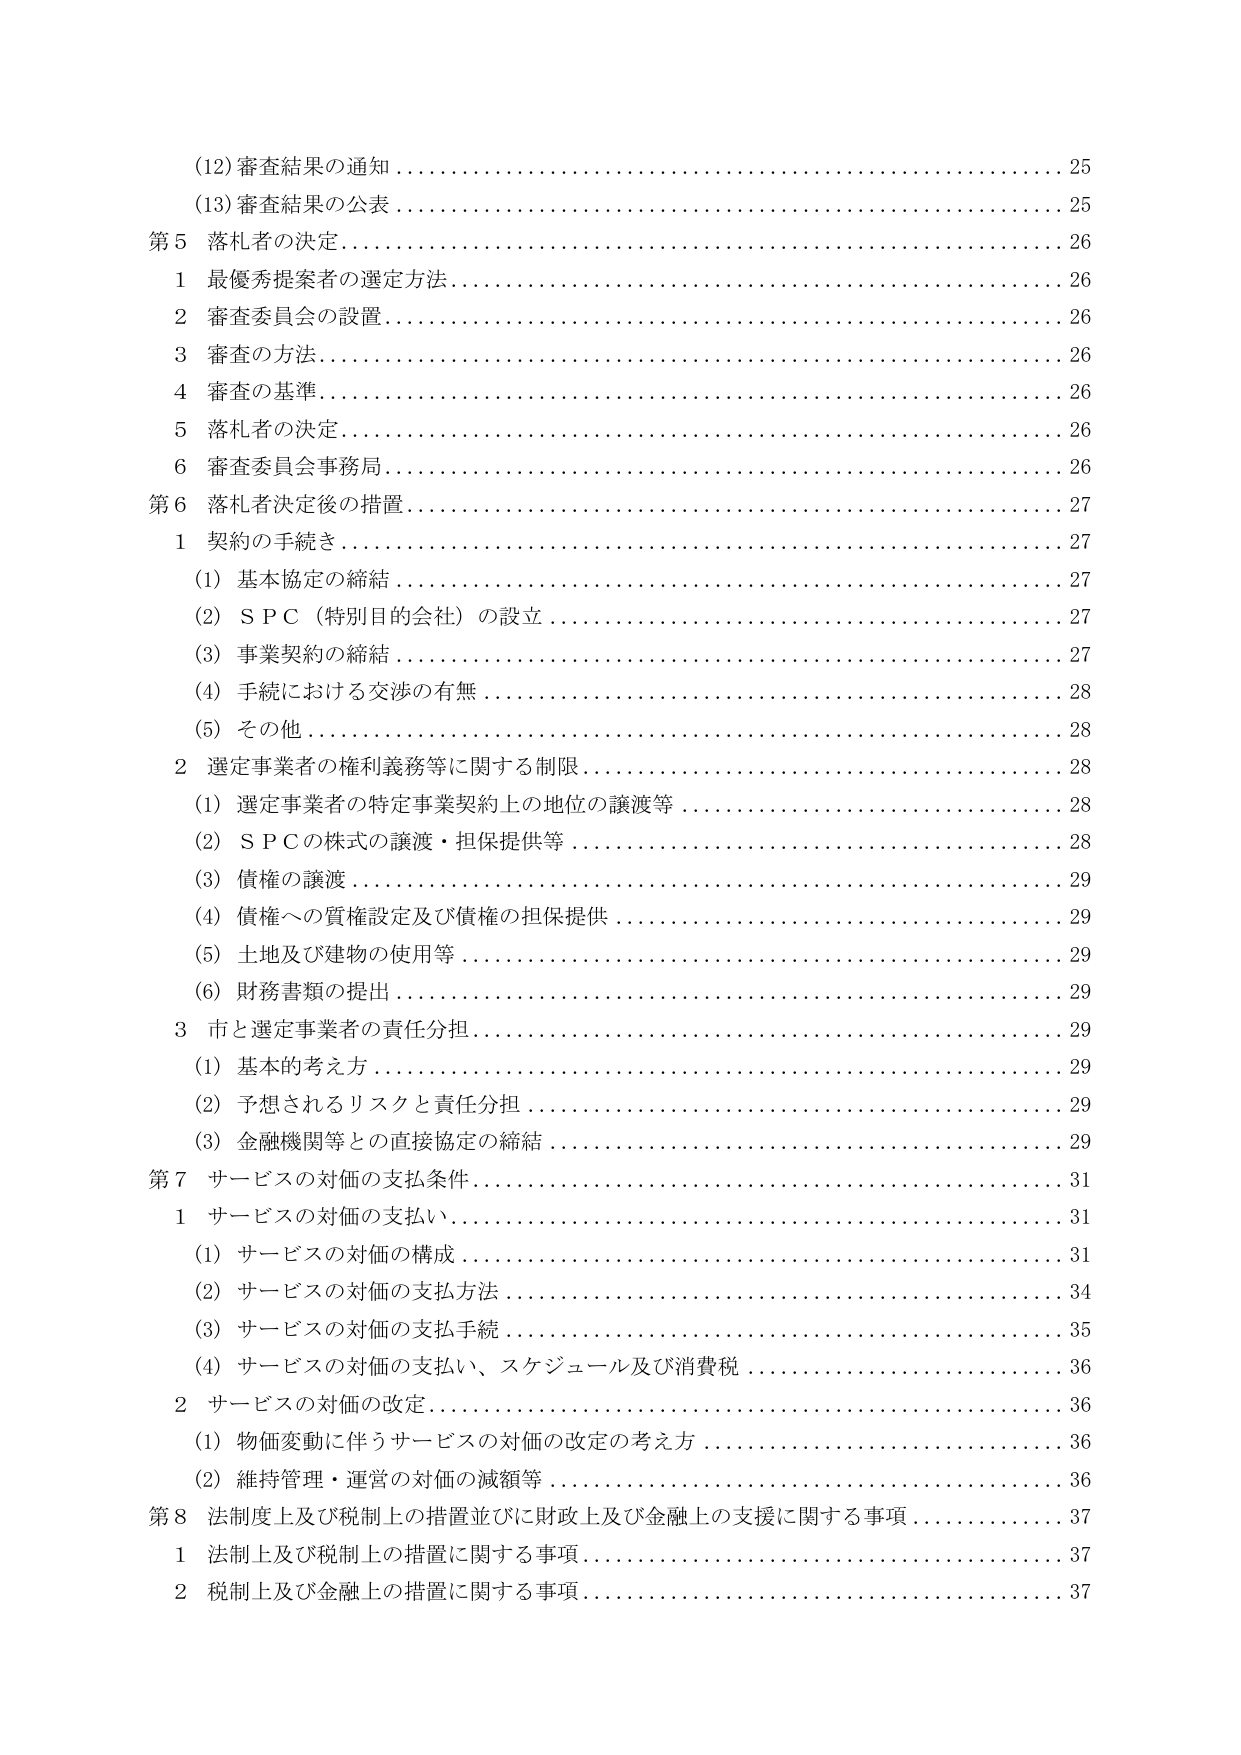
(12) 審査結果の通知…………………………………………………………25
(13) 審査結果の公表…………………………………………………………25
第5 落札者の決定……………………………………………………………26
　1 最優秀提案者の選定方法………………………………………………26
　2 審査委員会の設置………………………………………………………26
　3 審査の方法………………………………………………………………26
　4 審査の基準………………………………………………………………26
　5 落札者の決定……………………………………………………………26
　6 審査委員会事務局………………………………………………………26
第6 落札者決定後の措置……………………………………………………27
　1 契約の手続き……………………………………………………………27
　　(1) 基本協定の締結……………………………………………………27
　　(2) ＳＰＣ（特別目的会社）の設立……………………………………27
　　(3) 事業契約の締結……………………………………………………27
　　(4) 手続における交渉の有無…………………………………………28
　　(5) その他………………………………………………………………28
　2 選定事業者の権利義務等に関する制限………………………………28
　　(1) 選定事業者の特定事業契約上の地位の譲渡等……………………28
　　(2) ＳＰＣの株式の譲渡・担保提供等…………………………………28
　　(3) 債権の譲渡…………………………………………………………29
　　(4) 債権への質権設定及び債権の担保提供……………………………29
　　(5) 土地及び建物の使用等……………………………………………29
　　(6) 財務書類の提出……………………………………………………29
　3 市と選定事業者の責任分担……………………………………………29
　　(1) 基本的考え方………………………………………………………29
　　(2) 予想されるリスクと責任分担………………………………………29
　　(3) 金融機関等との直接協定の締結……………………………………29
第7 サービスの対価の支払条件……………………………………………31
　1 サービスの対価の支払い………………………………………………31
　　(1) サービスの対価の構成……………………………………………31
　　(2) サービスの対価の支払方法………………………………………34
　　(3) サービスの対価の支払手続………………………………………35
　　(4) サービスの対価の支払い、スケジュール及び消費税……………36
　2 サービスの対価の改定…………………………………………………36
　　(1) 物価変動に伴うサービスの対価の改定の考え方…………………36
　　(2) 維持管理・運営の対価の減額等…………………………………36
第8 法制度上及び税制上の措置並びに財政上及び金融上の支援に関する事項……………………………………………………………………37
　1 法制上及び税制上の措置に関する事項………………………………37
　2 税制上及び金融上の措置に関する事項………………………………37